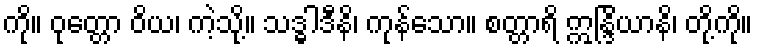
ကို။ ဝုတ္တော ဝိယ၊ ကဲ့သို့။ သဒ္ဓါဒီနိ၊ ကုန်သော။ စတ္တာရိ ဣန္ဒြိယာနိ၊ တို့ကို။